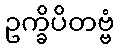
ဥက္ခိပိတဗ္ဗံ